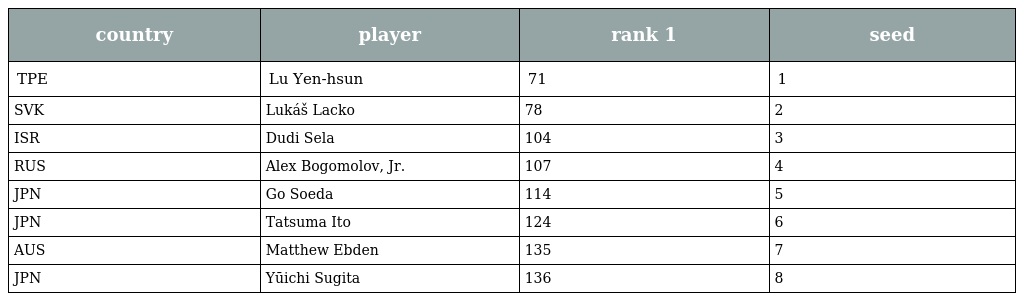
| country | player | rank 1 | seed |
 | --- | --- | --- | --- |
 | TPE | Lu Yen-hsun | 71 | 1 |
 | SVK | Lukáš Lacko | 78 | 2 |
 | ISR | Dudi Sela | 104 | 3 |
 | RUS | Alex Bogomolov, Jr. | 107 | 4 |
 | JPN | Go Soeda | 114 | 5 |
 | JPN | Tatsuma Ito | 124 | 6 |
 | AUS | Matthew Ebden | 135 | 7 |
 | JPN | Yūichi Sugita | 136 | 8 |